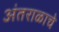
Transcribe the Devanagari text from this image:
अंतराळाचे